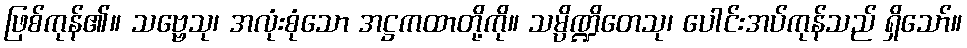
ဖြစ်ကုန်၏။ သဗ္ဗေသု၊ အလုံးစုံသော အဋ္ဌကထာတို့ကို။ သမ္ပိဏ္ဍိတေသု၊ ပေါင်းအပ်ကုန်သည် ရှိသော်။